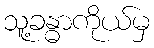
သူ့ခန္ဓာကိုယ်မှ